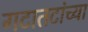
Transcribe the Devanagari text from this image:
गटातटांच्या